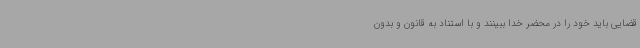
قضایی باید خود را در محضر خدا ببینند و با استناد به قانون و بدون